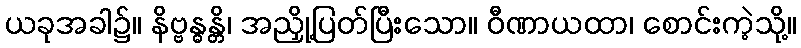
ယခုအခါ၌။ နိဗ္ဗန္ဓန္တိ၊ အညှို့ပြတ်ပြီးသော။ ဝီဏာယထာ၊ စောင်းကဲ့သို့။